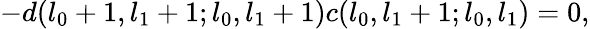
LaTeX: -d(l_{0}+1,l_{1}+1;l_{0},l_{1}+1)c(l_{0},l_{1}+1;l_{0},l_{1})=0,